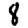
Digit: 8